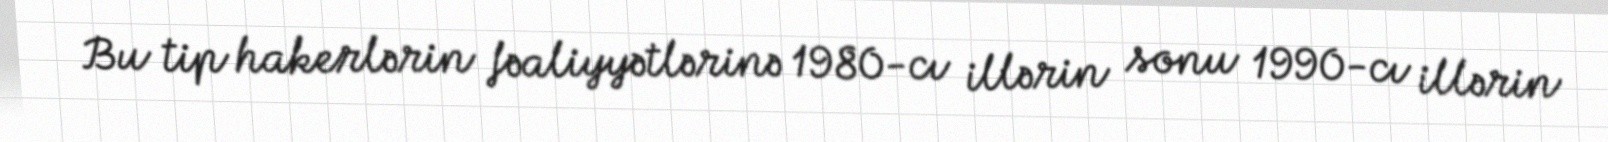
Bu tip hakerlərin fəaliyyətlərinə 1980-cı illərin sonu 1990-cı illərin